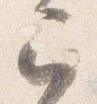
已